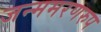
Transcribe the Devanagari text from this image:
जन्ममरणरुप